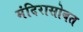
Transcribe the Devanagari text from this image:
मंदिरासोबत